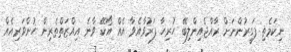
ނިކަމެތި ފަގީރުންނަށް ރާއްޖެއިންލިބޭ ހުރިހާ ފަރުވާއެވާ އެއް އޯކޭ ވާނެ އިއްޒަތްތެރިން ހުންވަރިއެއް